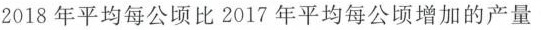
2018年平均每公顷比2017年平均每公顷增加的产量